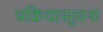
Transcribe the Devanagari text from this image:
प्रक्रियासूचना